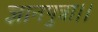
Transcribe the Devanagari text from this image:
ज्ञानपुत्रा।।